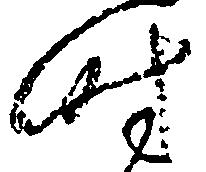
時